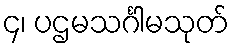
၄၊ ပဌမသင်္ဂါမသုတ်